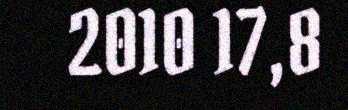
2010 17,8